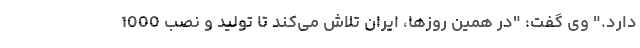
دارد." وی گفت: "در همین روزها، ایران تلاش می‌کند تا تولید و نصب 1000